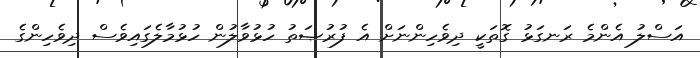
އަސްލު އެންމެ ރަނގަޅު ގޮތަކީ ދިވެހިންނަށް އެ ފުރުޞަތު ހުޅުވާލުން ހުޅުމާލެގައިވެސް ދިވެހިންގެ